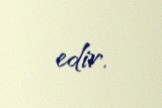
edir.